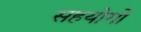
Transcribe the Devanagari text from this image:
सहयोगो